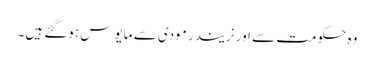
وہ حکومت سے اور نریندر مودی سے مایوس ہوگئے ہیں۔